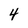
Character: 4